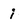
Character: i